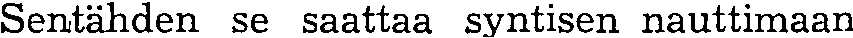
Sentähden se saattaa syntisen nauttimaan